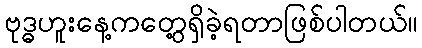
ဗုဒ္ဓဟူးနေ့ကတွေ့ရှိခဲ့ရတာဖြစ်ပါတယ်။